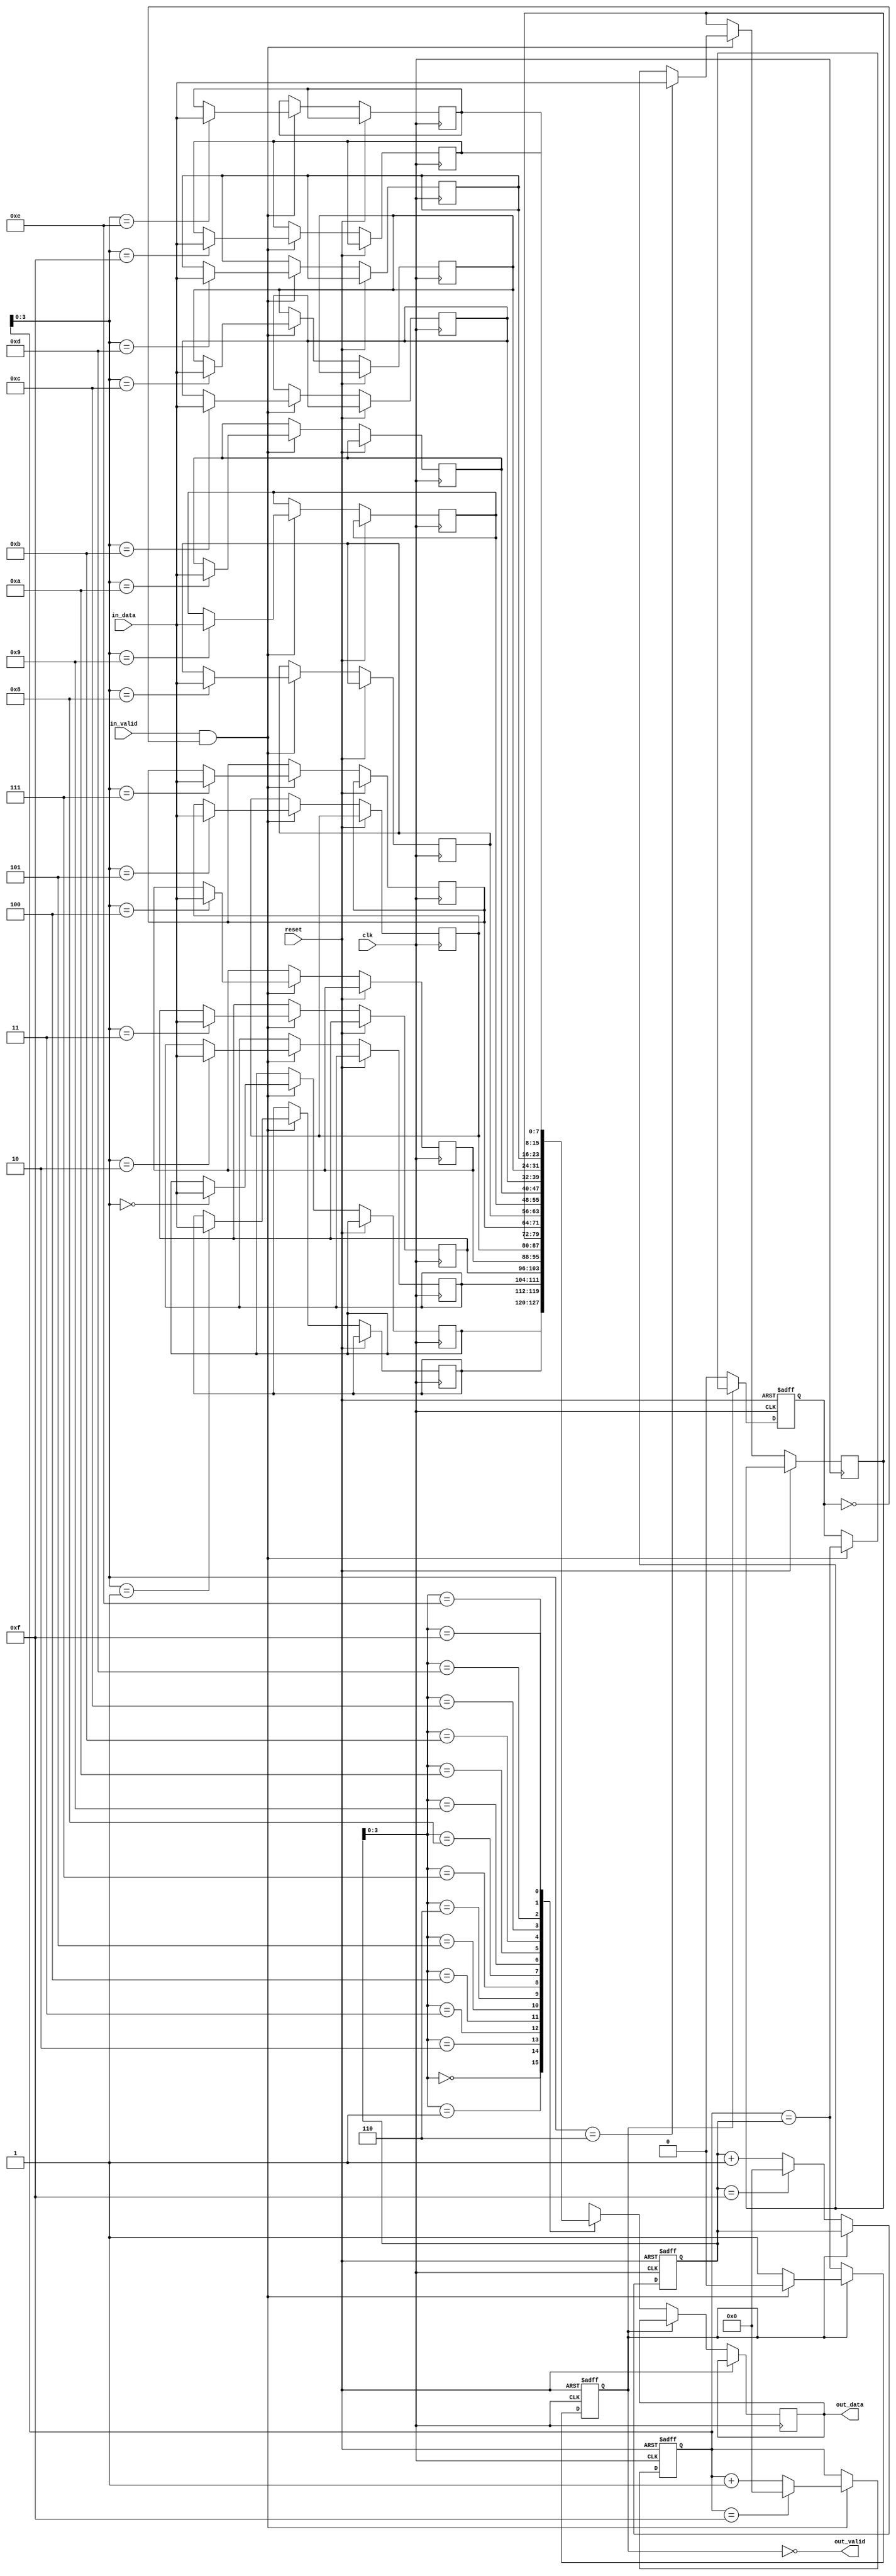
module LastWordFallThroughFIFO (
  input wire clk,
  input wire reset,
  input wire [DATA_WIDTH-1:0] in_data,
  input wire in_valid,
  output wire [DATA_WIDTH-1:0] out_data,
  output wire out_valid
);

parameter DATA_WIDTH = 8;
parameter DEPTH = 16;

reg [DATA_WIDTH-1:0] fifo [DEPTH-1:0];
reg [DEPTH-1:0] head, tail;
reg full, empty;

always @(posedge clk or posedge reset) begin
  if (reset) begin
    head <= 0;
    tail <= 0;
    full <= 0;
    empty <= 1;
  end else begin
    if (in_valid && !full) begin
      fifo[tail] <= in_data;
      tail <= (tail == DEPTH-1) ? 0 : tail + 1;
      full <= (tail == head);
      empty <= 0;
    end
    if (out_valid && !empty) begin
      out_data <= fifo[head];
      head <= (head == DEPTH-1) ? 0 : head + 1;
      empty <= (tail == head);
      full <= 0;
    end
  end
end

assign out_valid = !empty;

endmodule